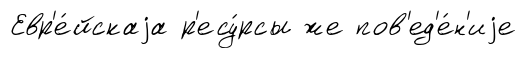
Евр'е́йскаjа р'есу́рсы же пов'ед'е́н'иjе